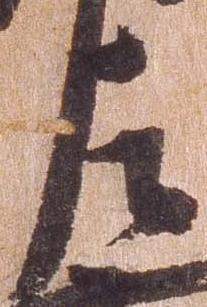
左